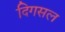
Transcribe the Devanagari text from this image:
दिगसल